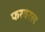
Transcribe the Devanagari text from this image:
फरवरल